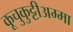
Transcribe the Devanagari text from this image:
कूचुकुट्टीअम्मा